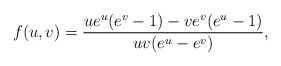
\begin{align*}f(u,v) = {u e^u(e^v-1) - v e^v (e^u-1)\over u v (e^u - e^v)},\end{align*}